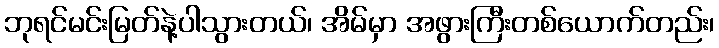
ဘုရင်မင်းမြတ်နဲ့ပါသွားတယ်၊ အိမ်မှာ အဖွားကြီးတစ်ယောက်တည်း၊